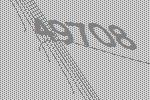
49708